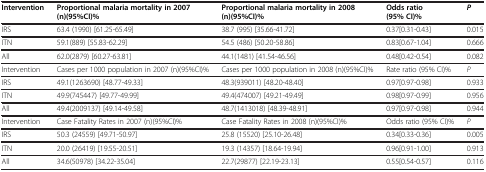
<table><thead><tr><td><b>Intervention</b></td><td><b>Proportional malaria mortality in 2007 (n)(95%CI)%</b></td><td><b>Proportional malaria mortality in 2008 (n)(95%CI)%</b></td><td><b>Odds ratio (95% CI)%</b></td><td><b><i>P</i></b></td></tr></thead><tbody><tr><td>IRS</td><td>63.4 (1990) [61.25-65.49]</td><td>38.7 (995) [35.66-41.72]</td><td>0.37[0.31-0.43]</td><td>0.015</td></tr><tr><td>ITN</td><td>59.1(889) [55.83-62.29]</td><td>54.5 (486) [50.20-58.86]</td><td>0.83[0.67-1.04]</td><td>0.666</td></tr><tr><td>All</td><td>62.0(2879) [60.27-63.81]</td><td>44.1(1481) [41.54-46.56]</td><td>0.48[0.42-0.54]</td><td>0.082</td></tr><tr><td>Intervention</td><td>Cases per 1000 population in 2007 (n)(95%CI)%</td><td>Cases per 1000 population in 2008 (n)(95%CI)%</td><td>Rate ratio (95% CI)%</td><td><i>P</i></td></tr><tr><td>IRS</td><td>49.1(1263690) [48.77-49.33]</td><td>48.3(939011) [48.20-48.40]</td><td>0.97[0.97-0.98]</td><td>0.933</td></tr><tr><td>ITN</td><td>49.9(745447) [49.77-49.99]</td><td>49.4(474007) [49.21-49.49]</td><td>0.98[0.97-0.99]</td><td>0.956</td></tr><tr><td>All</td><td>49.4(2009137) [49.14-49.58]</td><td>48.7(1413018) [48.39-48.91]</td><td>0.97[0.97-0.98]</td><td>0.944</td></tr><tr><td>Intervention</td><td>Case Fatality Rates in 2007 (n)(95%CI)%</td><td>Case Fatality Rates in 2008 (n)(95%CI)%</td><td>Odds ratio (95% CI)%</td><td><i>P</i></td></tr><tr><td>IRS</td><td>50.3 (24559) [49.71-50.97]</td><td>25.8 (15520) [25.10-26.48]</td><td>0.34[0.33-0.36]</td><td>0.005</td></tr><tr><td>ITN</td><td>20.0 (26419) [19.55-20.51]</td><td>19.3 (14357) [18.64-19.94]</td><td>0.96[0.91-1.00]</td><td>0.913</td></tr><tr><td>All</td><td>34.6(50978) [34.22-35.04]</td><td>22.7(29877) [22.19-23.13]</td><td>0.55[0.54-0.57]</td><td>0.116</td></tr></tbody></table>